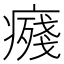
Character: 𭼨